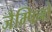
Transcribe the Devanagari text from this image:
जैम्पिनो